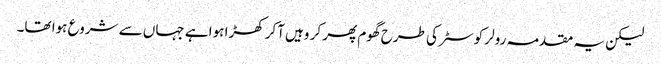
لیکن یہ مقدمہ رولر کوسٹر کی طرح گھوم پھر کر وہیں آکر کھڑا ہوا ہے جہاں سے شروع ہوا تھا۔